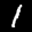
Label: 1